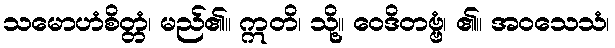
သမောဟံစိတ္တံ၊ မည်၏။ ဣတိ၊ သို့။ ဝေဒိတဗ္ဗံ၊ ၏။ အဝသေသံ၊